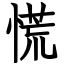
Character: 慌